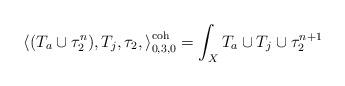
LaTeX: \begin{align*} \left\langle (T_a \cup \tau_2^n), T_j, \tau_2, \right\rangle^\textnormal{coh}_{0,3,0} = \int_X T_a \cup T_j \cup \tau_2^{n+1}\end{align*}